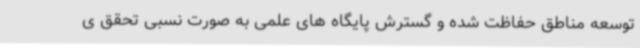
توسعه مناطق حفاظت شده و گسترش پایگاه های علمی به صورت نسبی تحقق ی